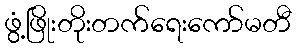
ဖွံ့ဖြိုးတိုးတက်ရေးကော်မတီ